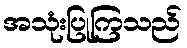
အသုံးပြုကြသည်